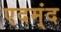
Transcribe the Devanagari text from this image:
एदम्ंद